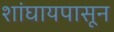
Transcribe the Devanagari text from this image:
शांघायपासून